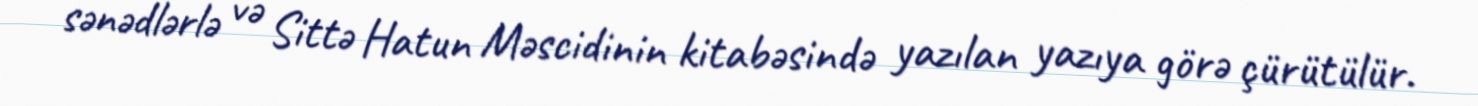
sənədlərlə və Sittə Hatun Məscidinin kitabəsində yazılan yazıya görə çürütülür.